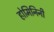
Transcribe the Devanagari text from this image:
होमिनिनी